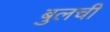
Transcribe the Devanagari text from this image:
बुलची